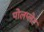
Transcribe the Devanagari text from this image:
पोलप्लेट